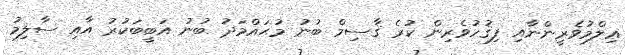
ޢިލްމުވެރީންނާއި ފިޤުހުވެރިން ކުރެ ޤާސިމް ބުނު މުޙައްމަދު ބުނު އަބީބަކުރު އާއި ސާލިމު